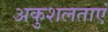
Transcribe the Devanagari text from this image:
अकुशलताएं